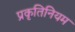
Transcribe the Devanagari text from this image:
प्रकृतिनियम